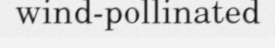
wind-pollinated